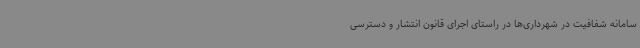
سامانه شفافیت در شهرداری‌ها در راستای اجرای قانون انتشار و دسترسی